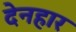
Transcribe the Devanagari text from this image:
देनहार